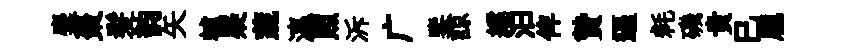
麋棗髪韵矢轤疑蔬瀛照泝广鑒諒繻汩俾贄逼耗磯貴巳龐